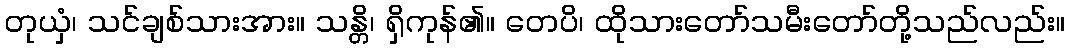
တုယှံ၊ သင်ချစ်သားအား။ သန္တိ၊ ရှိကုန်၏။ တေပိ၊ ထိုသားတော်သမီးတော်တို့သည်လည်း။